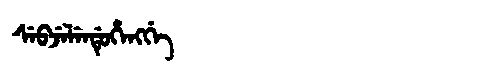
Manchu: ᠰᡝᠪᠵᡝᠯᡝᠨᡩᡠᡥᡝᠩᡤᡝ
Romanization: SEBJELENDUHENGGE